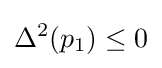
\Delta ^{2}(p_{1})\leq 0